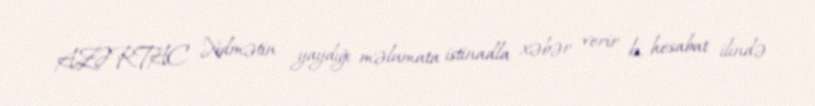
AZƏRTAC Xidmətin yaydığı məlumata istinadla xəbər verir ki, hesabat ilində